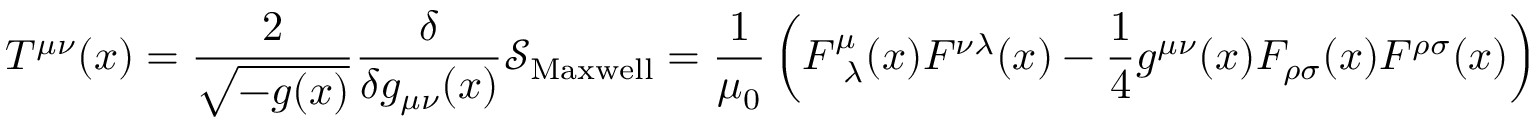
T ^ { \mu \nu } ( x ) = { \frac { 2 } { \sqrt { - g ( x ) } } } { \frac { \delta } { \delta g _ { \mu \nu } ( x ) } } { \mathcal { S } } _ { \mathrm { M a x w e l l } } = { \frac { 1 } { \mu _ { 0 } } } \left( F _ { { \mathrm { ~ } } \lambda } ^ { \mu } ( x ) F ^ { \nu \lambda } ( x ) - { \frac { 1 } { 4 } } g ^ { \mu \nu } ( x ) F _ { \rho \sigma } ( x ) F ^ { \rho \sigma } ( x ) \right)